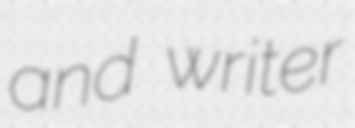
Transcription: and writer